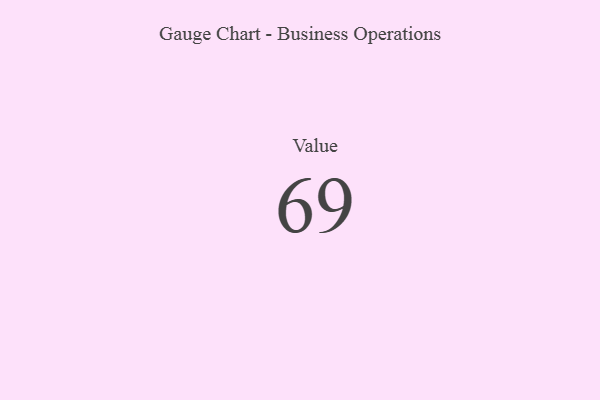
{"axis": {"x": "Metric", "y": "Value"}, "legend": [""], "data": [{"x": "Value", "y": 69, "type": ""}]}